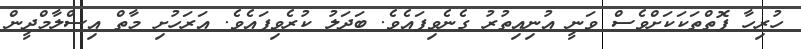
ހުރިހާ ފޮތްތަކަކަށްވެސް ވަނީ އުނިއިތުރު ގެނެވިފައެވެ. ބަދަލު ކުރެވިފައެވެ. އަރަހުށި މާތް އިސްލާމްދީން